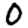
Digit: 0